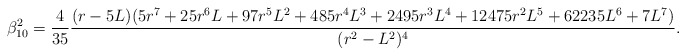
\begin{align*}\beta_{10}^{2}=\frac{4}{35}\frac{(r-5L)(5r^7+25r^6 L+97 r^5 L^2 +485r^4 L^3 +2495 r^3 L^4 + 12475 r^2 L^5 +62235 L^6 +7L^7)}{(r^2-L^2)^4}.\end{align*}